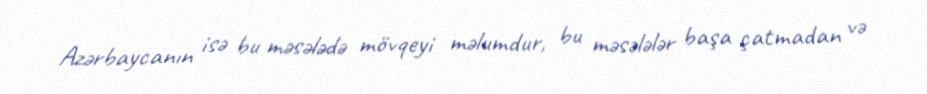
Azərbaycanın isə bu məsələdə mövqeyi məlumdur, bu məsələlər başa çatmadan və